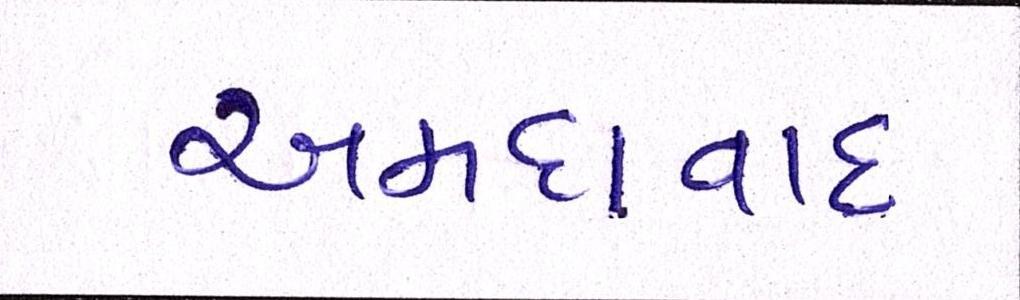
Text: અમદાવાદઃ